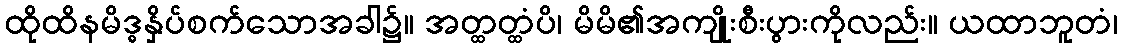
ထိုထိနမိဒ္ဓနှိပ်စက်သောအခါ၌။ အတ္ထတ္ထံပိ၊ မိမိ၏အကျိုးစီးပွားကိုလည်း။ ယထာဘူတံ၊